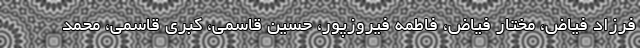
فرزاد فیاض، مختار فیاض، فاطمه فیروزپور، حسین قاسمی، کبری قاسمی، محمد